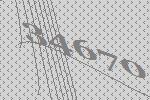
34670